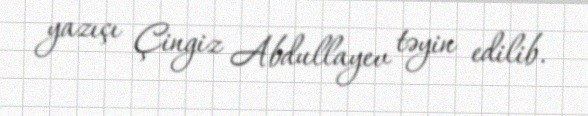
yazıçı Çingiz Abdullayev təyin edilib.